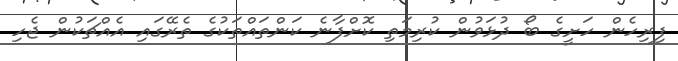
ފިރިހެން ހަށީގެ ބޯ ދުޅަވުން ކުރިމަތި ކޮށްފާނެ ކަންތައްތަކުގެ ތެރޭގައި އެއްޗަކުން ޖެހި